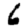
Digit: 6